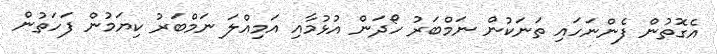
އެގޮތުން ފެންނަހައި ތަނަކުން ނަމްބަރު ހޯދަން އުޅުމާއި އަމިއްލަ ނަމްބަރު ކިޔަމުން ފަހަތުން